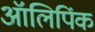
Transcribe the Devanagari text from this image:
ऑलिपिंक